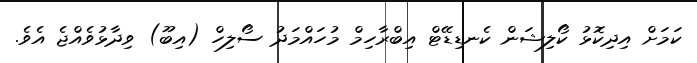
ކަމަށް އިދިކޮޅު ކޯލިޝަން ކެނޑިޑޭޓް އިބްރާހިމް މުހައްމަދު ސޯލިހް (އިބޫ) ވިދާޅުވެއްޖެ އެވެ.